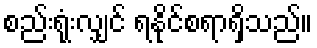
စည်းရုံးလျှင် ရနိုင်စရာရှိသည်။